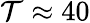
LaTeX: \mathcal{T}\approx40